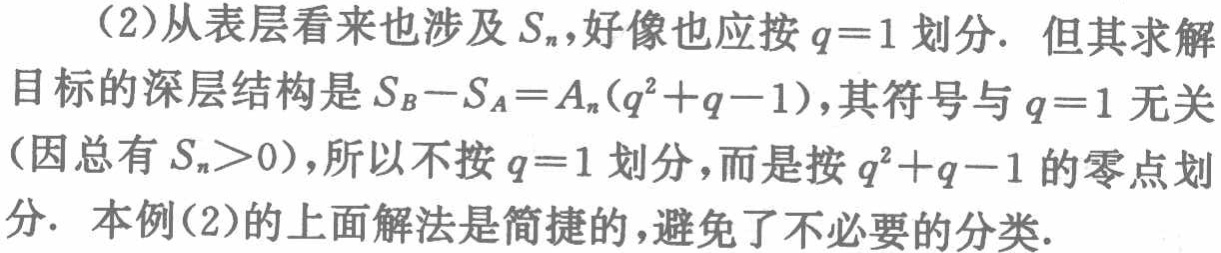
（2）从表层看来也涉及 \(S_{n}\)，好像也应按 \(q = 1\) 划分. 但其求解目标的深层结构是 \(S_{B}-S_{A}=A_{n}(q^{2}+q - 1)\)，其符号与 \(q = 1\) 无关（因总有 \(S_{n}>0\)），所以不按 \(q = 1\) 划分，而是按 \(q^{2}+q - 1\) 的零点划分. 本例（2）的上面解法是简捷的，避免了不必要的分类.